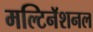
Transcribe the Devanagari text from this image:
मल्टिनॅशनल